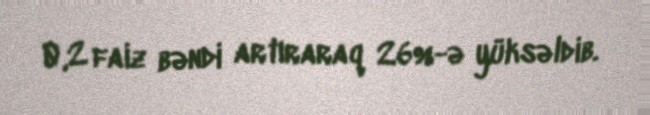
0,2 faiz bəndi artıraraq 26%-ə yüksəldib.